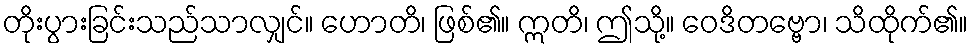
တိုးပွားခြင်းသည်သာလျှင်။ ဟောတိ၊ ဖြစ်၏။ ဣတိ၊ ဤသို့။ ဝေဒိတဗ္ဗော၊ သိထိုက်၏။